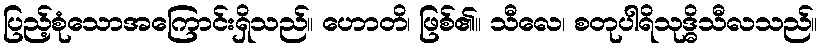
ပြည့်စုံသောအကြောင်းရှိသည်။ ဟောတိ၊ ဖြစ်၏။ သီလေ၊ စတုပါရိသုဒ္ဓိသီလသည်။